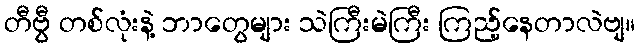
တီဗွီ တစ်လုံးနဲ့ ဘာတွေများ သဲကြီးမဲကြီး ကြည့်နေတာလဲဗျ။